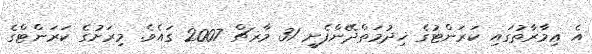
އެ ޢިމާރާތުގައި ކަރަންޓުގެ ޚިދުމަތްދޭންފެށީ 31 މާރޗް 2007 ގައެވެ. މިރަށުގެ ކަރަންޓްގެ